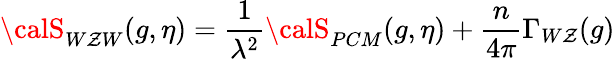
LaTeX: {\calS}_{W\mathcal{Z}W}(g,\eta)={\frac{{1}}{{\lambda^{2}}}}{\calS}_{PCM}(g,\eta)+{\frac{{n}}{{4\pi}}}\Gamma_{W\mathcal{Z}}(g)